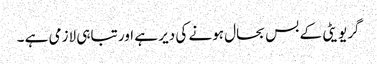
گریویٹی کے بس بحال ہونے کی دیر ہے اور تباہی لازمی ہے ۔